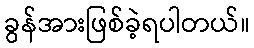
ခွန်အားဖြစ်ခဲ့ရပါတယ်။